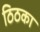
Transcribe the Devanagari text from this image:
ठिठका